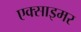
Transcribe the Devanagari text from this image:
एक्‍साइमर